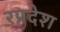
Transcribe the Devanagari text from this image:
रप्रदेश